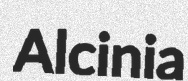
Alcinia